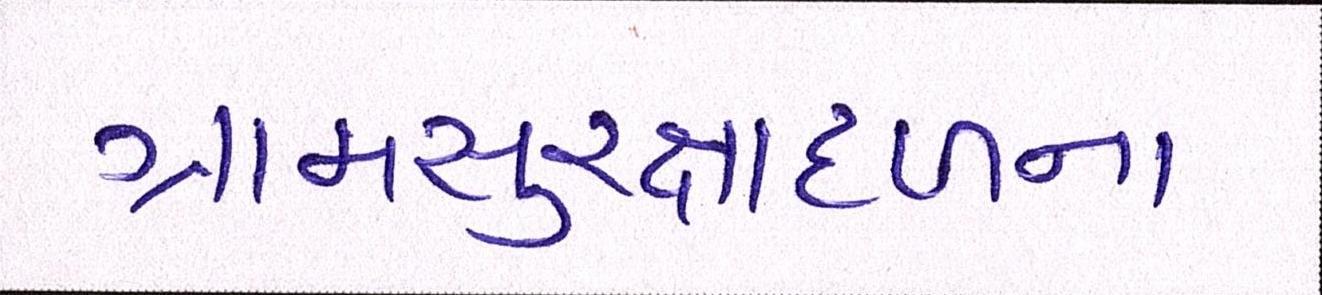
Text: ગ્રામસુરક્ષાદળના